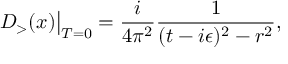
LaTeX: D _ { > } ( x ) \big | _ { T = 0 } = { \frac { i } { 4 \pi ^ { 2 } } } { \frac { 1 } { ( t - i \epsilon ) ^ { 2 } - r ^ { 2 } } } ,